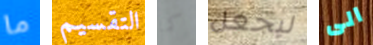
ما التقسيم كما ليجعل الى